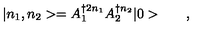
{ } | n _ { 1 } , n _ { 2 } > = A _ { 1 } ^ { \dagger 2 { n _ { 1 } } } A _ { 2 } ^ { \dagger { n _ { 2 } } } | 0 > \qquad ,